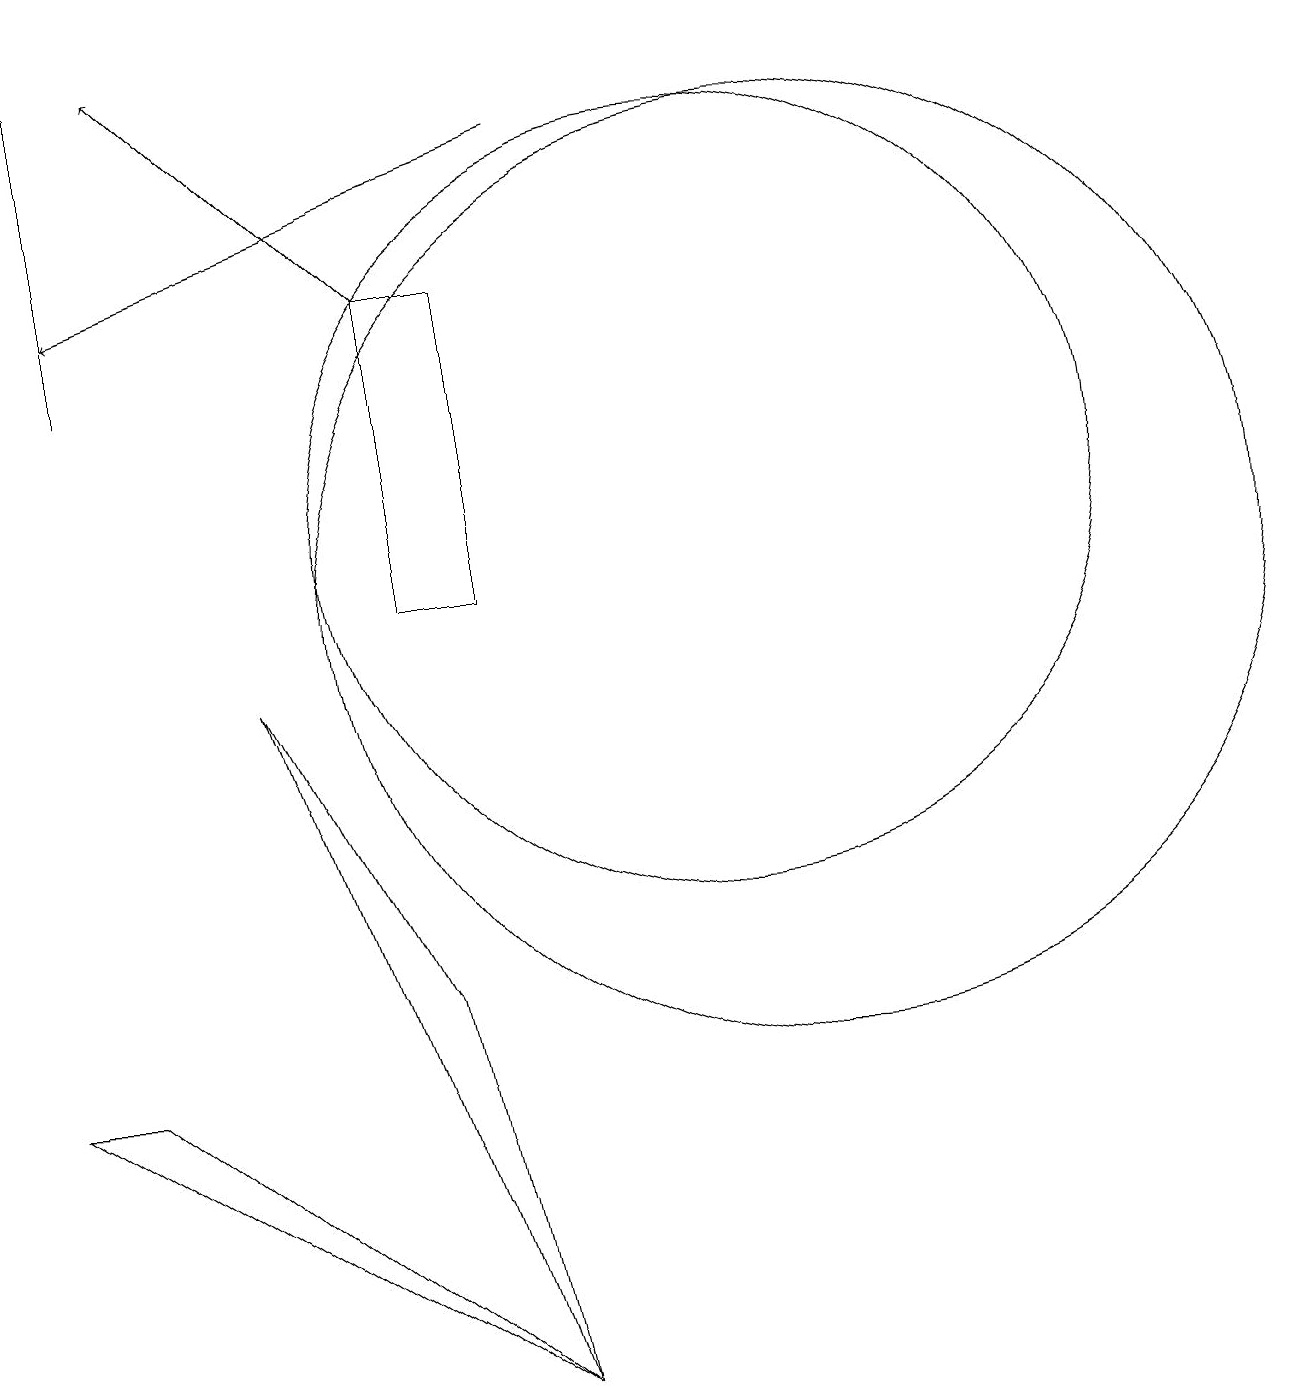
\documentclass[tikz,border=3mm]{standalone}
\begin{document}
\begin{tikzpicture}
\draw (11,11) circle (5);
\draw (12,10) circle (6);
\draw (8,10) rectangle (7,14);
\draw[->] (7,14) -- (4,17);
\draw[->] (9,16) -- (3,14);
\draw (8,0) -- (5,9) -- (7,5) -- cycle;
\draw (3,17) rectangle (3,13);
\draw (8,0) -- (3,4) -- (2,4) -- cycle;
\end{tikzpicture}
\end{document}